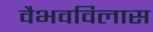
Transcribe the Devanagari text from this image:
वैभवविलास